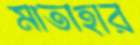
মাতাহার